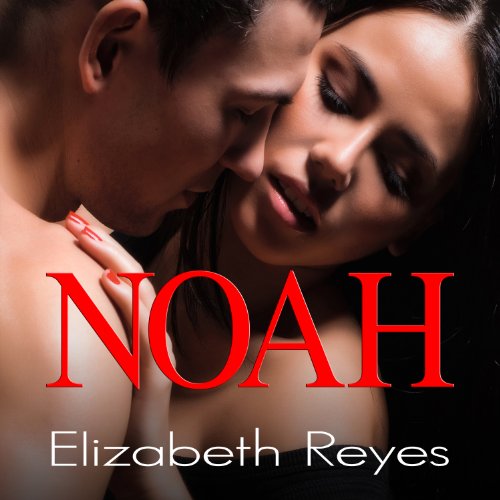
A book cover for Noah: 5th Street, Book 1; Elizabeth Reyes; Literature & Fiction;